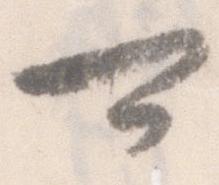
可